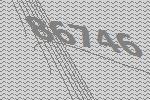
86746